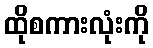
ထိုစကားလုံးကို